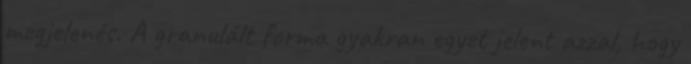
megjelenés. A granulált forma gyakran egyet jelent azzal, hogy